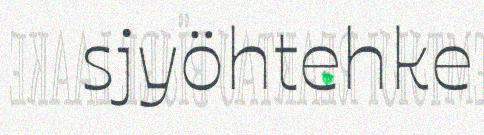
sjyöhtehke